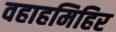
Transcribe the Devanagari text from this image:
वहाहमिहिर